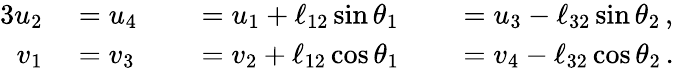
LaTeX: \begin{array}{rlrlrl}{{3}\vphantom{f^{2}}{}u_{2}}&{{}=u_{4}}&{}&{{}=u_{1}+\ell_{12}\sin{\theta}_{1}}&{}&{{}=u_{3}-\ell_{32}\sin{\theta}_{2}\, ,}\\ {v_{1}}&{{}=v_{3}}&{}&{{}=v_{2}+\ell_{12}\cos{\theta}_{1}}&{}&{{}=v_{4}-\ell_{32}\cos{\theta}_{2}\, .}\end{array}